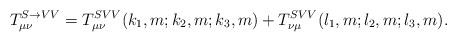
LaTeX: \begin{align*}T^{S\rightarrow VV}_{\mu\nu}=T^{SVV}_{\mu\nu}(k_1,m;k_2,m;k_3,m)+T^{SVV}_{\nu\mu}(l_1,m;l_2,m;l_3,m).\end{align*}